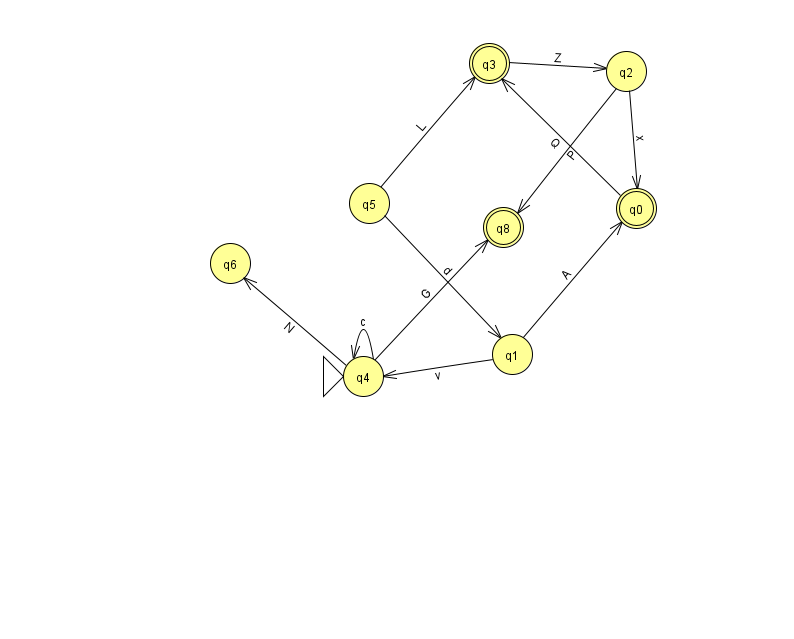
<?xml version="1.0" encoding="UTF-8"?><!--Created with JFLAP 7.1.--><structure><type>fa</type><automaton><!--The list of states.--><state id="0" name="q0"><x>636.0</x><y>195.0</y><final/></state><state id="1" name="q1"><x>512.0</x><y>341.0</y></state><state id="2" name="q2"><x>626.0</x><y>58.0</y></state><state id="3" name="q3"><x>489.0</x><y>50.0</y><final/></state><state id="4" name="q4"><x>363.0</x><y>363.0</y><initial/></state><state id="5" name="q5"><x>369.0</x><y>190.0</y></state><state id="6" name="q6"><x>230.0</x><y>250.0</y></state><state id="8" name="q8"><x>503.0</x><y>214.0</y><final/></state><!--The list of transitions.--><transition><from>2</from><to>0</to><read>x</read></transition><transition><from>4</from><to>4</to><read>c</read></transition><transition><from>1</from><to>0</to><read>A</read></transition><transition><from>3</from><to>2</to><read>Z</read></transition><transition><from>5</from><to>3</to><read>L</read></transition><transition><from>0</from><to>3</to><read>Q</read></transition><transition><from>1</from><to>4</to><read>v</read></transition><transition><from>4</from><to>8</to><read>G</read></transition><transition><from>2</from><to>8</to><read>P</read></transition><transition><from>4</from><to>6</to><read>N</read></transition><transition><from>5</from><to>1</to><read>d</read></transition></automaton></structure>